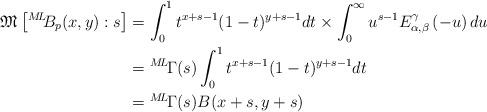
LaTeX: \begin{align*} \mathfrak{M}\left[ {}^{M\!L\!\!}{B}_{p}(x,y) : s\right]&= \int_{0}^{1}t^{x+s-1}(1-t)^{y+s-1}dt \times \int_{0}^{\infty} u^{s-1}E_{\alpha, \beta}^{\gamma}\left(-u\right) du& \\ &={}^{M\!L\!}\Gamma(s)\int_{0}^{1}t^{x+s-1}(1-t)^{y+s-1}dt &\\&= {}^{M\!L\!}\Gamma(s)B(x+s,y+s)&\end{align*}